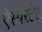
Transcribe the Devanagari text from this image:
ऐस्परटेट